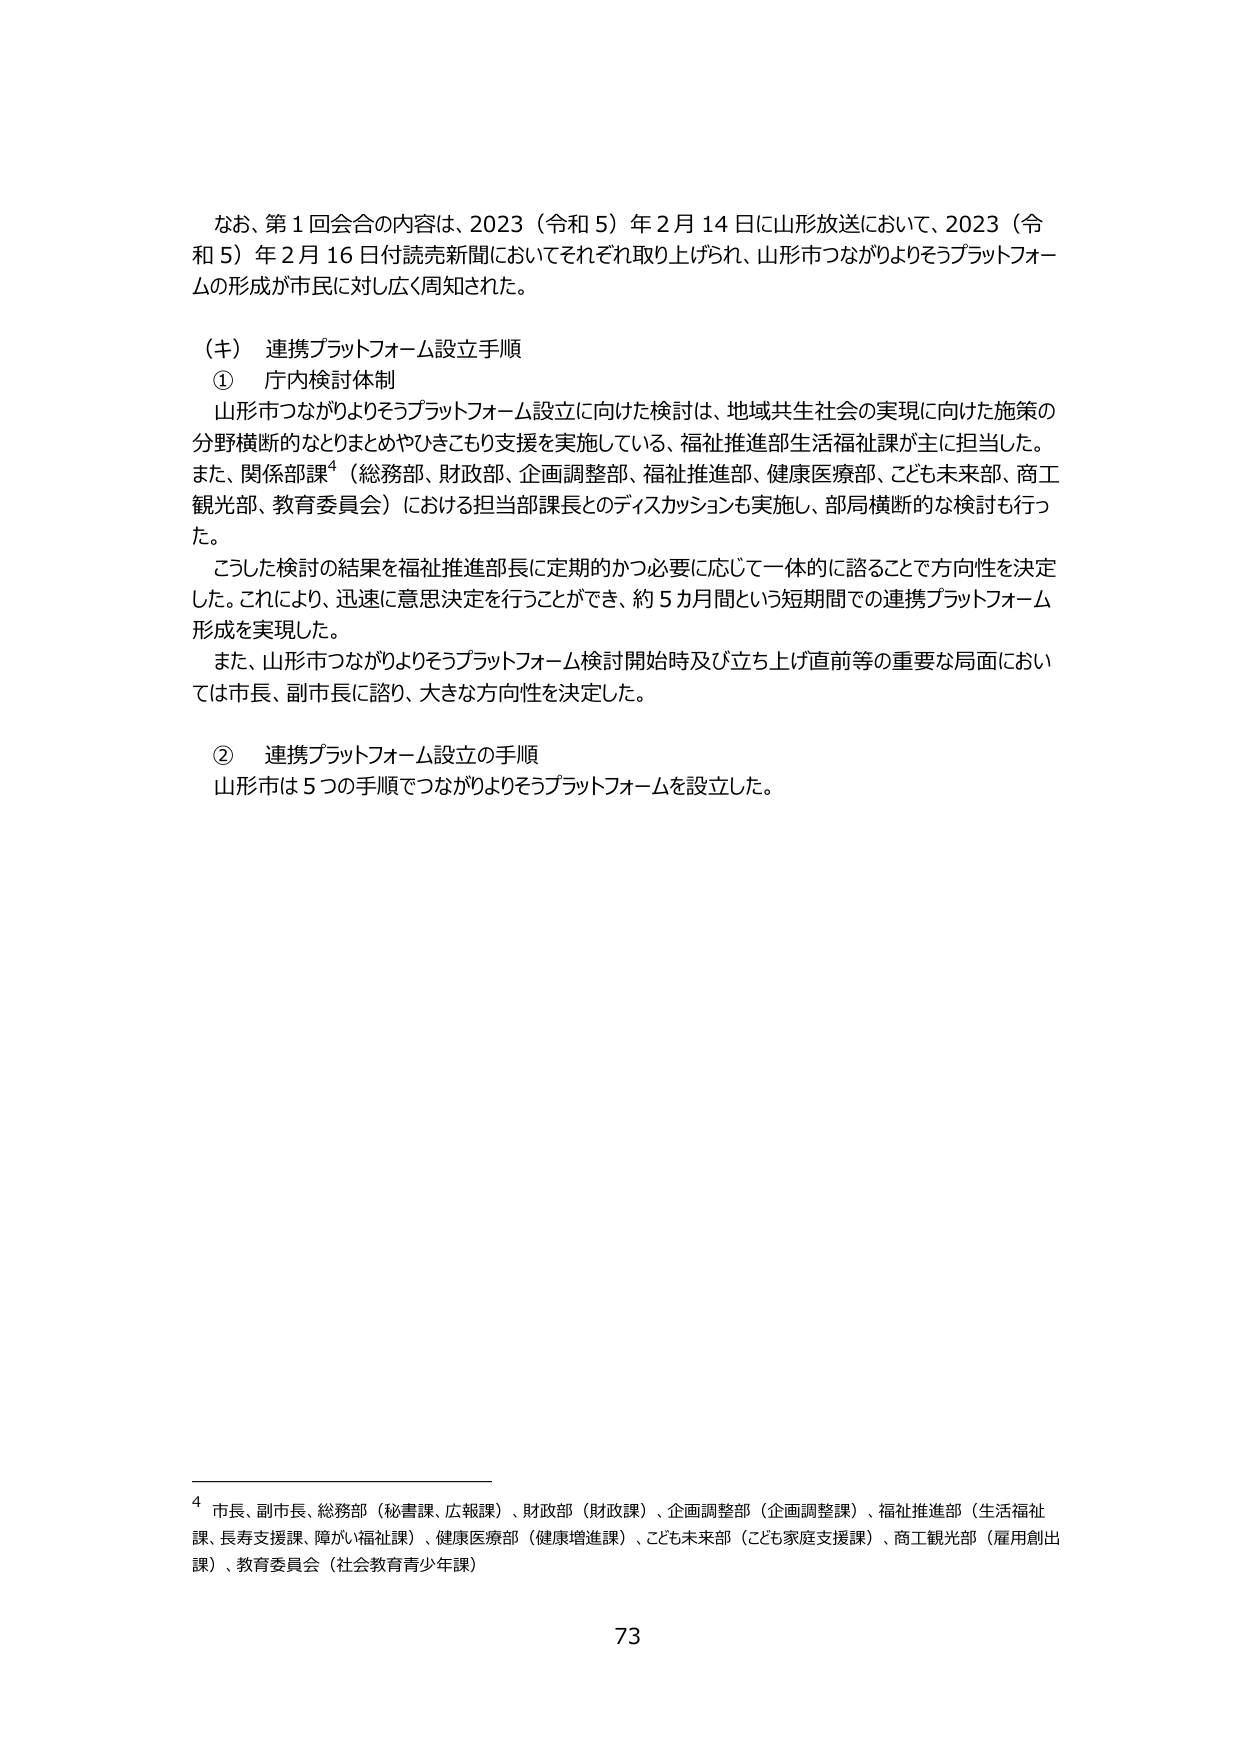
なお、第１回会合の内容は、2023（令和５）年２月14日に山形放送において、2023（令和５）年２月16日付読売新聞においてそれぞれ取り上げられ、山形市つながりよろずプラットフォームの形成が市民に対し広く周知された。

（キ） 連携プラットフォーム設立手順
① 庁内検討体制
山形市つながりよろずプラットフォーム設立に向けた検討は、地域共生社会の実現に向けた施策の分野横断的なとりまとめやひきこもり支援を実施している、福祉推進部生活福祉課が主に担当した。また、関係部課⁴（総務部、財政部、企画調整部、福祉推進部、健康医療部、こども未来部、商工観光部、教育委員会）における担当部課長とのディスカッションも実施し、部局横断的な検討も行った。
こうした検討の結果を福祉推進部長に定期的かつ必要に応じて一体的に諮ることで方向性を決定した。これにより、迅速に意思決定を行うことができ、約５カ月間という短期間での連携プラットフォーム形成を実現した。
また、山形市つながりよろずプラットフォーム検討開始時及び立ち上げ直前等の重要な局面においては市長、副市長に諮り、大きな方向性を決定した。

② 連携プラットフォーム設立の手順
山形市は５つの手順でつながりよろずプラットフォームを設立した。

⁴ 市長、副市長、総務部（秘書課、広報課）、財政部（財政課）、企画調整部（企画調整課）、福祉推進部（生活福祉課、長寿支援課、障がい福祉課）、健康医療部（健康増進課）、こども未来部（こども家庭支援課）、商工観光部（雇用創出課）、教育委員会（社会教育青少年課）

73